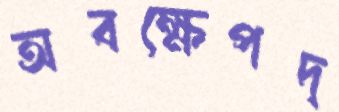
অবক্ষেপদ্